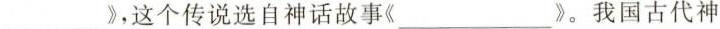
___》，这个传说选自神话故事《》。我国古代神